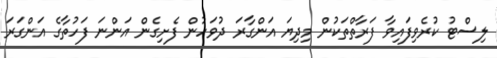
ލިސްޓު ކުރެވިފައިވާ ފަރާތްތަކުން މިދިޔަ އަންގާރަ ދުވަހުން ފެށިގެން އަންނަ ފަހުތާގެ އަންގަރަ